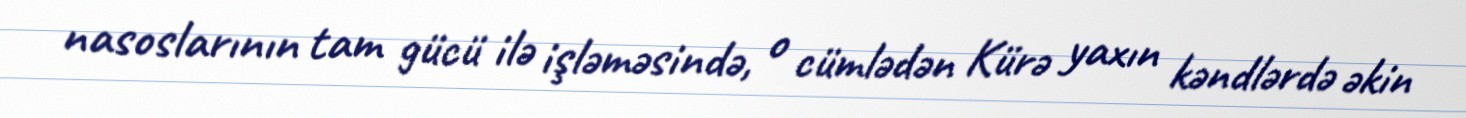
nasoslarının tam gücü ilə işləməsində, o cümlədən Kürə yaxın kəndlərdə əkin